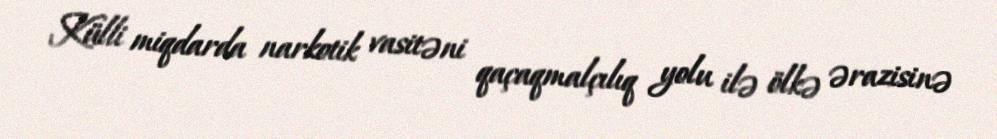
Külli miqdarda narkotik vasitəni qaçaqmalçılıq yolu ilə ölkə ərazisinə